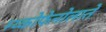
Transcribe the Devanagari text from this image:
म्य्कोफेनोलाते